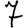
Digit: 7